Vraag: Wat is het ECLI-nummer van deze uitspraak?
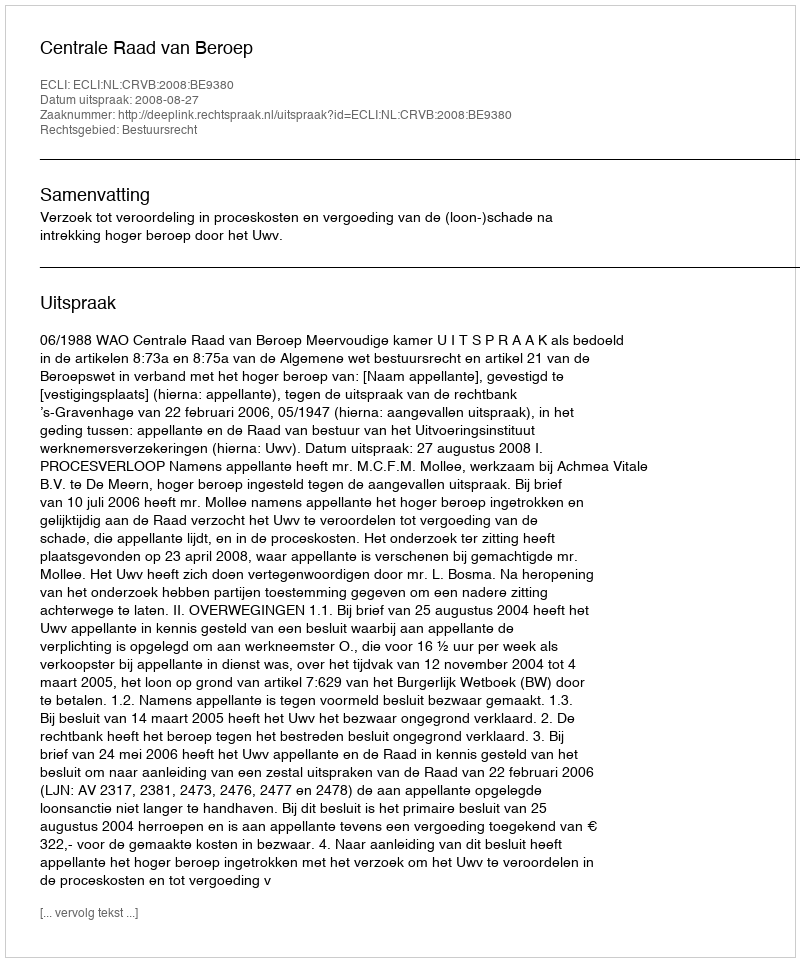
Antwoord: ECLI:NL:CRVB:2008:BE9380